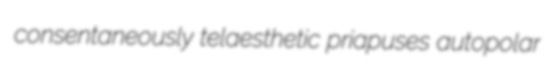
consentaneously telaesthetic priapuses autopolar